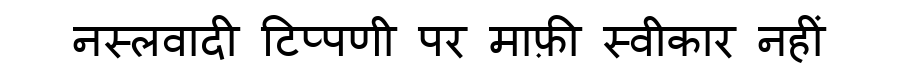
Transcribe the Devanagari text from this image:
नस्लवादी टिप्पणी पर माफ़ी स्वीकार नहीं